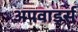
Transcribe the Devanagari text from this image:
अपवार्ड्स